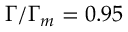
\Gamma / \Gamma _ { m } = 0 . 9 5